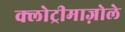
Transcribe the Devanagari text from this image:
क्लोट्रीमाज़ोले